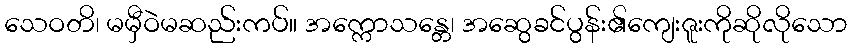
သေဝတိ၊ မမှီဝဲမဆည်းကပ်။ အက္ကောသန္တေ၊ အဆွေခင်ပွန်း၏ကျေးဇူးကိုဆိုလိုသော